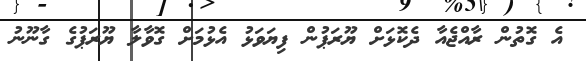
އެ ގޮތުން ރާއްޖެއާ ދެކޮޅަށް ޔޫރަޕުން ފިޔަވަޅު އެޅުމަށް ގޮވާލާ ޔޫރަޕުގެ ގާނޫނު